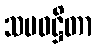
သမဝဋ္ဌိတာ